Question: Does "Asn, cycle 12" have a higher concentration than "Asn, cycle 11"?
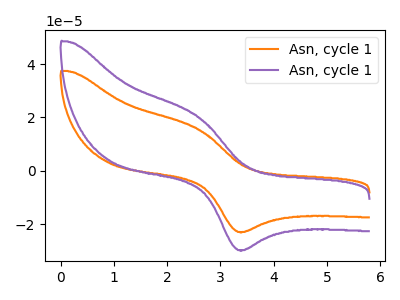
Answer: <think>The orange curve "Asn, cycle 11" has an anodic peak at (2.60V, 15.55uA) and a cathodic peak at (3.40V, -22.90uA). The purple curve "Asn, cycle 12" has an anodic peak at (2.60V, 20.15uA) and a cathodic peak at (3.40V, -29.70uA).
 All the peaks in "Asn, cycle 12" have a peak in "Asn, cycle 11" at the same potential. Every peak in "Asn, cycle 12" is higher than every peak in "Asn, cycle 11".</think>
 <answer>"Asn, cycle 12" has more signal than "Asn, cycle 11" and so likely has a higher concentration.</answer>
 <eval>more_concentration</eval>